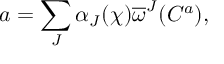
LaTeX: a = \sum _ { J } \alpha _ { J } ( \chi ) \overline { { { \omega } } } ^ { J } ( C ^ { a } ) ,